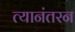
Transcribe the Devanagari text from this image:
त्यानंतरन